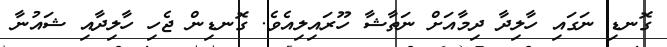
ގޮނޑި ނަގައި ހާލިދާ ދިމާއަށް ނަތާޝާ ހޫރައިލިއެވެ. ގޮނޑިން ޖެހި ހާލިދާއި ޝައުނާ